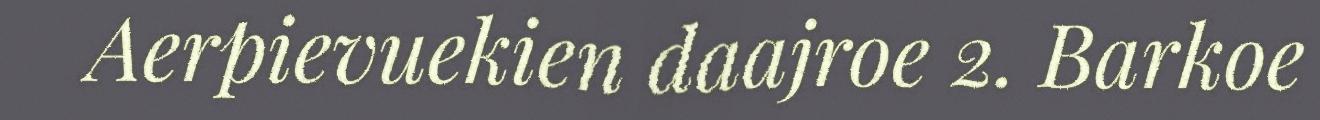
Aerpievuekien daajroe 2. Barkoe